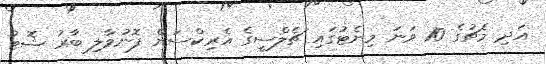
އަދި މެޗުގެ 10 ވަނަ މިނެޓުގައި ޗެލްސީގެ އެރިކްސަން ފޮނުވާލި ބާރު ޝޮޓު